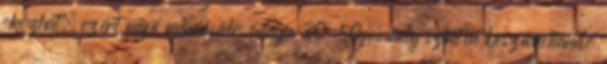
okozhat, ezért napi maximális adagja 30-50g, mely szintén beszámítandó